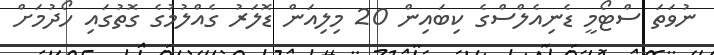
ނުވަތަ ސްޓޯމީ ޑެނިއެލްސްގެ ކިބައިން 20 މިލިއަން ޑޮލަރު ގެއްލުމުގެ ގޮތުގައި ހޯދުމަށް